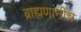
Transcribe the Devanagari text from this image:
ब्राह्मणांनींच